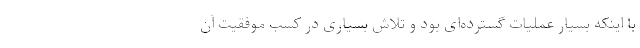
با اینکه بسیار عملیات گسترده‌ای بود و تلاش بسیاری در کسب موفقیت آن